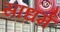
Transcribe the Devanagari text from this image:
साधर्म